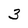
Character: 3